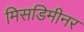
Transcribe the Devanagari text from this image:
मिसडिमीनर